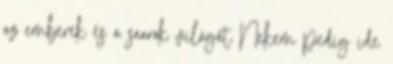
az emberek és a saarok világát Nekem pedig ide